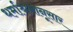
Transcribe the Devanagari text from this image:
धर्माश्रमानूसार